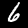
Label: 6